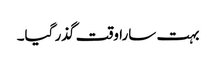
بہت سارا وقت گذر گیا۔